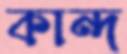
কান্দ